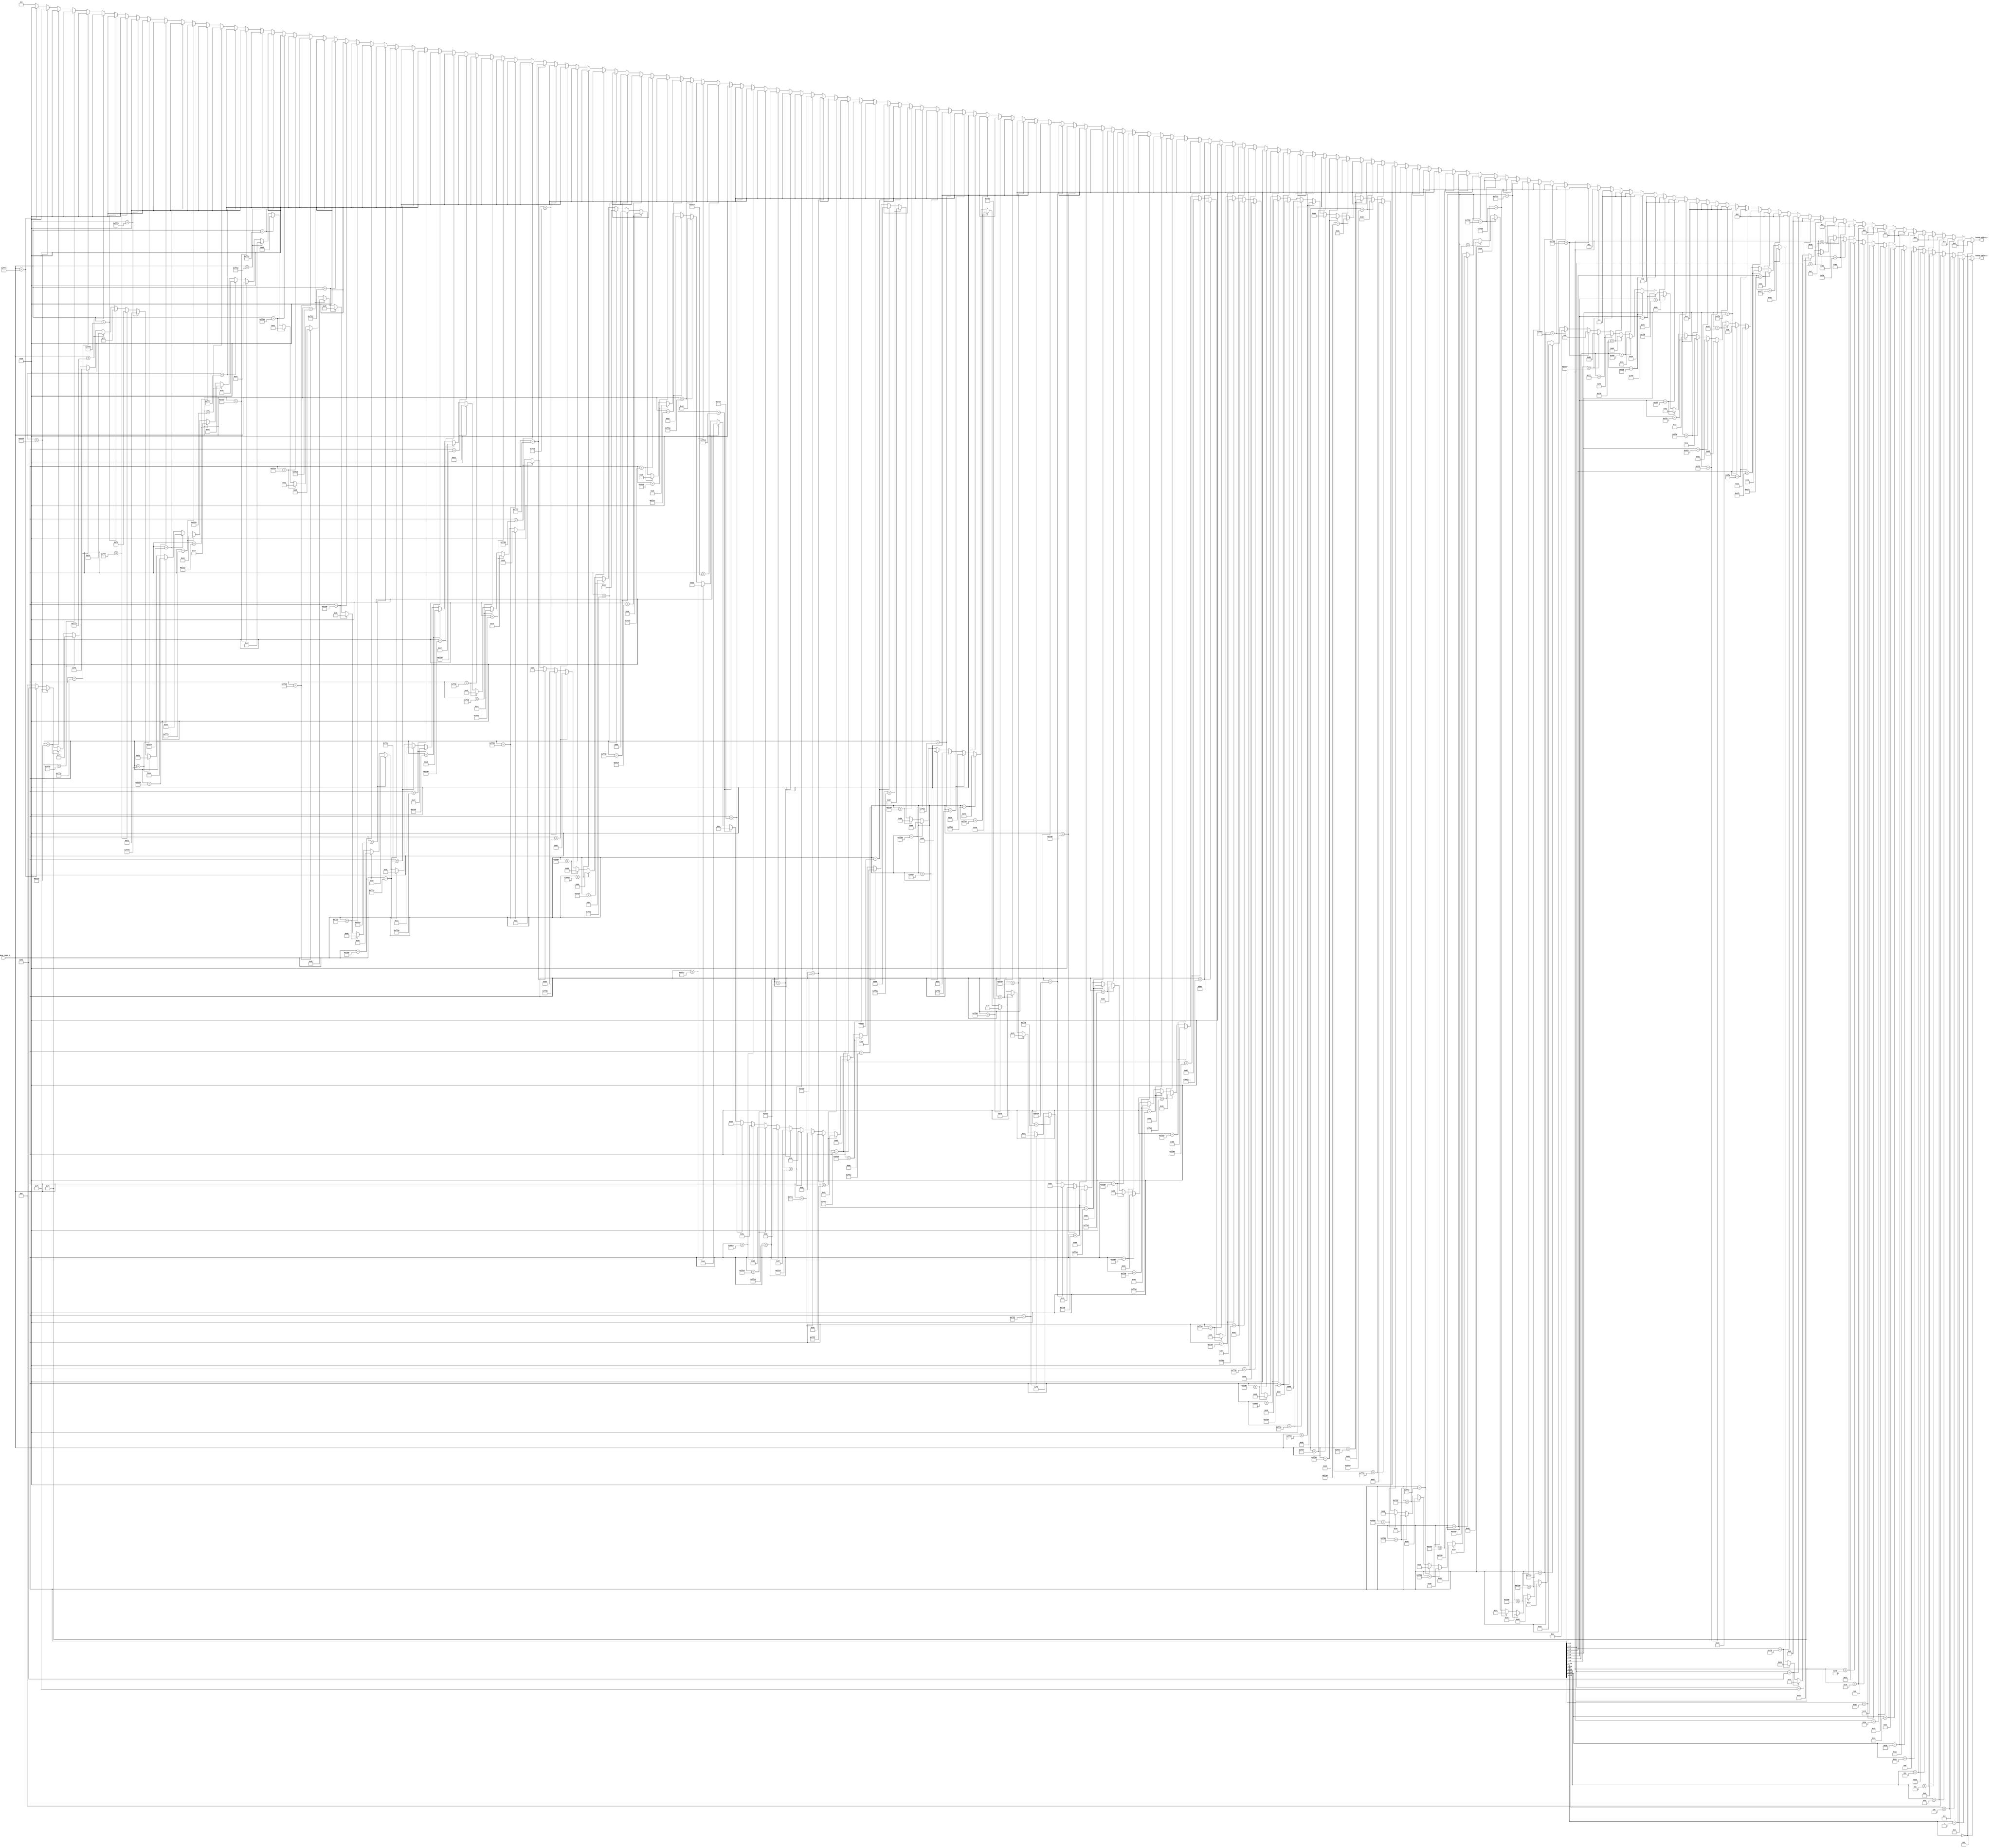
//-----------------------------------------------------------------
//                      Baseline JPEG Decoder
//                             V0.1
//                       Ultra-Embedded.com
//                        Copyright 2020
//
//                   admin@ultra-embedded.com
//-----------------------------------------------------------------
//                      License: Apache 2.0
// This IP can be freely used in commercial projects, however you may
// want access to unreleased materials such as verification environments,
// or test vectors, as well as changes to the IP for integration purposes.
// If this is the case, contact the above address.
// I am interested to hear how and where this IP is used, so please get
// in touch!
//-----------------------------------------------------------------
// Copyright 2020 Ultra-Embedded.com
// 
// Licensed under the Apache License, Version 2.0 (the "License");
// you may not use this file except in compliance with the License.
// You may obtain a copy of the License at
// 
//     http://www.apache.org/licenses/LICENSE-2.0
// 
// Unless required by applicable law or agreed to in writing, software
// distributed under the License is distributed on an "AS IS" BASIS,
// WITHOUT WARRANTIES OR CONDITIONS OF ANY KIND, either express or implied.
// See the License for the specific language governing permissions and
// limitations under the License.
//-----------------------------------------------------------------
module jpeg_dht_std_y_ac
(
     input  [ 15:0]  lookup_input_i
    ,output [  4:0]  lookup_width_o
    ,output [  7:0]  lookup_value_o
);

//-----------------------------------------------------------------
// Y AC Table (standard)
//-----------------------------------------------------------------
reg [7:0] y_ac_value_r;
reg [4:0] y_ac_width_r;

always @ *
begin
    y_ac_value_r = 8'b0;
    y_ac_width_r = 5'b0;

    if (lookup_input_i[15:14] == 2'h0)
    begin
         y_ac_value_r = 8'h01;
         y_ac_width_r = 5'd2;
    end
    else if (lookup_input_i[15:14] == 2'h1)
    begin
         y_ac_value_r = 8'h02;
         y_ac_width_r = 5'd2;
    end
    else if (lookup_input_i[15:13] == 3'h4)
    begin
         y_ac_value_r = 8'h03;
         y_ac_width_r = 5'd3;
    end
    else if (lookup_input_i[15:12] == 4'ha)
    begin
         y_ac_value_r = 8'h00;
         y_ac_width_r = 5'd4;
    end
    else if (lookup_input_i[15:12] == 4'hb)
    begin
         y_ac_value_r = 8'h04;
         y_ac_width_r = 5'd4;
    end
    else if (lookup_input_i[15:12] == 4'hc)
    begin
         y_ac_value_r = 8'h11;
         y_ac_width_r = 5'd4;
    end
    else if (lookup_input_i[15:11] == 5'h1a)
    begin
         y_ac_value_r = 8'h05;
         y_ac_width_r = 5'd5;
    end
    else if (lookup_input_i[15:11] == 5'h1b)
    begin
         y_ac_value_r = 8'h12;
         y_ac_width_r = 5'd5;
    end
    else if (lookup_input_i[15:11] == 5'h1c)
    begin
         y_ac_value_r = 8'h21;
         y_ac_width_r = 5'd5;
    end
    else if (lookup_input_i[15:10] == 6'h3a)
    begin
         y_ac_value_r = 8'h31;
         y_ac_width_r = 5'd6;
    end
    else if (lookup_input_i[15:10] == 6'h3b)
    begin
         y_ac_value_r = 8'h41;
         y_ac_width_r = 5'd6;
    end
    else if (lookup_input_i[15:9] == 7'h78)
    begin
         y_ac_value_r = 8'h06;
         y_ac_width_r = 5'd7;
    end
    else if (lookup_input_i[15:9] == 7'h79)
    begin
         y_ac_value_r = 8'h13;
         y_ac_width_r = 5'd7;
    end
    else if (lookup_input_i[15:9] == 7'h7a)
    begin
         y_ac_value_r = 8'h51;
         y_ac_width_r = 5'd7;
    end
    else if (lookup_input_i[15:9] == 7'h7b)
    begin
         y_ac_value_r = 8'h61;
         y_ac_width_r = 5'd7;
    end
    else if (lookup_input_i[15:8] == 8'hf8)
    begin
         y_ac_value_r = 8'h07;
         y_ac_width_r = 5'd8;
    end
    else if (lookup_input_i[15:8] == 8'hf9)
    begin
         y_ac_value_r = 8'h22;
         y_ac_width_r = 5'd8;
    end
    else if (lookup_input_i[15:8] == 8'hfa)
    begin
         y_ac_value_r = 8'h71;
         y_ac_width_r = 5'd8;
    end
    else if (lookup_input_i[15:7] == 9'h1f6)
    begin
         y_ac_value_r = 8'h14;
         y_ac_width_r = 5'd9;
    end
    else if (lookup_input_i[15:7] == 9'h1f7)
    begin
         y_ac_value_r = 8'h32;
         y_ac_width_r = 5'd9;
    end
    else if (lookup_input_i[15:7] == 9'h1f8)
    begin
         y_ac_value_r = 8'h81;
         y_ac_width_r = 5'd9;
    end
    else if (lookup_input_i[15:7] == 9'h1f9)
    begin
         y_ac_value_r = 8'h91;
         y_ac_width_r = 5'd9;
    end
    else if (lookup_input_i[15:7] == 9'h1fa)
    begin
         y_ac_value_r = 8'ha1;
         y_ac_width_r = 5'd9;
    end
    else if (lookup_input_i[15:6] == 10'h3f6)
    begin
         y_ac_value_r = 8'h08;
         y_ac_width_r = 5'd10;
    end
    else if (lookup_input_i[15:6] == 10'h3f7)
    begin
         y_ac_value_r = 8'h23;
         y_ac_width_r = 5'd10;
    end
    else if (lookup_input_i[15:6] == 10'h3f8)
    begin
         y_ac_value_r = 8'h42;
         y_ac_width_r = 5'd10;
    end
    else if (lookup_input_i[15:6] == 10'h3f9)
    begin
         y_ac_value_r = 8'hb1;
         y_ac_width_r = 5'd10;
    end
    else if (lookup_input_i[15:6] == 10'h3fa)
    begin
         y_ac_value_r = 8'hc1;
         y_ac_width_r = 5'd10;
    end
    else if (lookup_input_i[15:5] == 11'h7f6)
    begin
         y_ac_value_r = 8'h15;
         y_ac_width_r = 5'd11;
    end
    else if (lookup_input_i[15:5] == 11'h7f7)
    begin
         y_ac_value_r = 8'h52;
         y_ac_width_r = 5'd11;
    end
    else if (lookup_input_i[15:5] == 11'h7f8)
    begin
         y_ac_value_r = 8'hd1;
         y_ac_width_r = 5'd11;
    end
    else if (lookup_input_i[15:5] == 11'h7f9)
    begin
         y_ac_value_r = 8'hf0;
         y_ac_width_r = 5'd11;
    end
    else if (lookup_input_i[15:4] == 12'hff4)
    begin
         y_ac_value_r = 8'h24;
         y_ac_width_r = 5'd12;
    end
    else if (lookup_input_i[15:4] == 12'hff5)
    begin
         y_ac_value_r = 8'h33;
         y_ac_width_r = 5'd12;
    end
    else if (lookup_input_i[15:4] == 12'hff6)
    begin
         y_ac_value_r = 8'h62;
         y_ac_width_r = 5'd12;
    end
    else if (lookup_input_i[15:4] == 12'hff7)
    begin
         y_ac_value_r = 8'h72;
         y_ac_width_r = 5'd12;
    end
    else if (lookup_input_i[15:1] == 15'h7fc0)
    begin
         y_ac_value_r = 8'h82;
         y_ac_width_r = 5'd15;
    end
    else if (lookup_input_i[15:0] == 16'hff82)
    begin
         y_ac_value_r = 8'h09;
         y_ac_width_r = 5'd16;
    end
    else if (lookup_input_i[15:0] == 16'hff83)
    begin
         y_ac_value_r = 8'h0a;
         y_ac_width_r = 5'd16;
    end
    else if (lookup_input_i[15:0] == 16'hff84)
    begin
         y_ac_value_r = 8'h16;
         y_ac_width_r = 5'd16;
    end
    else if (lookup_input_i[15:0] == 16'hff85)
    begin
         y_ac_value_r = 8'h17;
         y_ac_width_r = 5'd16;
    end
    else if (lookup_input_i[15:0] == 16'hff86)
    begin
         y_ac_value_r = 8'h18;
         y_ac_width_r = 5'd16;
    end
    else if (lookup_input_i[15:0] == 16'hff87)
    begin
         y_ac_value_r = 8'h19;
         y_ac_width_r = 5'd16;
    end
    else if (lookup_input_i[15:0] == 16'hff88)
    begin
         y_ac_value_r = 8'h1a;
         y_ac_width_r = 5'd16;
    end
    else if (lookup_input_i[15:0] == 16'hff89)
    begin
         y_ac_value_r = 8'h25;
         y_ac_width_r = 5'd16;
    end
    else if (lookup_input_i[15:0] == 16'hff8a)
    begin
         y_ac_value_r = 8'h26;
         y_ac_width_r = 5'd16;
    end
    else if (lookup_input_i[15:0] == 16'hff8b)
    begin
         y_ac_value_r = 8'h27;
         y_ac_width_r = 5'd16;
    end
    else if (lookup_input_i[15:0] == 16'hff8c)
    begin
         y_ac_value_r = 8'h28;
         y_ac_width_r = 5'd16;
    end
    else if (lookup_input_i[15:0] == 16'hff8d)
    begin
         y_ac_value_r = 8'h29;
         y_ac_width_r = 5'd16;
    end
    else if (lookup_input_i[15:0] == 16'hff8e)
    begin
         y_ac_value_r = 8'h2a;
         y_ac_width_r = 5'd16;
    end
    else if (lookup_input_i[15:0] == 16'hff8f)
    begin
         y_ac_value_r = 8'h34;
         y_ac_width_r = 5'd16;
    end
    else if (lookup_input_i[15:0] == 16'hff90)
    begin
         y_ac_value_r = 8'h35;
         y_ac_width_r = 5'd16;
    end
    else if (lookup_input_i[15:0] == 16'hff91)
    begin
         y_ac_value_r = 8'h36;
         y_ac_width_r = 5'd16;
    end
    else if (lookup_input_i[15:0] == 16'hff92)
    begin
         y_ac_value_r = 8'h37;
         y_ac_width_r = 5'd16;
    end
    else if (lookup_input_i[15:0] == 16'hff93)
    begin
         y_ac_value_r = 8'h38;
         y_ac_width_r = 5'd16;
    end
    else if (lookup_input_i[15:0] == 16'hff94)
    begin
         y_ac_value_r = 8'h39;
         y_ac_width_r = 5'd16;
    end
    else if (lookup_input_i[15:0] == 16'hff95)
    begin
         y_ac_value_r = 8'h3a;
         y_ac_width_r = 5'd16;
    end
    else if (lookup_input_i[15:0] == 16'hff96)
    begin
         y_ac_value_r = 8'h43;
         y_ac_width_r = 5'd16;
    end
    else if (lookup_input_i[15:0] == 16'hff97)
    begin
         y_ac_value_r = 8'h44;
         y_ac_width_r = 5'd16;
    end
    else if (lookup_input_i[15:0] == 16'hff98)
    begin
         y_ac_value_r = 8'h45;
         y_ac_width_r = 5'd16;
    end
    else if (lookup_input_i[15:0] == 16'hff99)
    begin
         y_ac_value_r = 8'h46;
         y_ac_width_r = 5'd16;
    end
    else if (lookup_input_i[15:0] == 16'hff9a)
    begin
         y_ac_value_r = 8'h47;
         y_ac_width_r = 5'd16;
    end
    else if (lookup_input_i[15:0] == 16'hff9b)
    begin
         y_ac_value_r = 8'h48;
         y_ac_width_r = 5'd16;
    end
    else if (lookup_input_i[15:0] == 16'hff9c)
    begin
         y_ac_value_r = 8'h49;
         y_ac_width_r = 5'd16;
    end
    else if (lookup_input_i[15:0] == 16'hff9d)
    begin
         y_ac_value_r = 8'h4a;
         y_ac_width_r = 5'd16;
    end
    else if (lookup_input_i[15:0] == 16'hff9e)
    begin
         y_ac_value_r = 8'h53;
         y_ac_width_r = 5'd16;
    end
    else if (lookup_input_i[15:0] == 16'hff9f)
    begin
         y_ac_value_r = 8'h54;
         y_ac_width_r = 5'd16;
    end
    else if (lookup_input_i[15:0] == 16'hffa0)
    begin
         y_ac_value_r = 8'h55;
         y_ac_width_r = 5'd16;
    end
    else if (lookup_input_i[15:0] == 16'hffa1)
    begin
         y_ac_value_r = 8'h56;
         y_ac_width_r = 5'd16;
    end
    else if (lookup_input_i[15:0] == 16'hffa2)
    begin
         y_ac_value_r = 8'h57;
         y_ac_width_r = 5'd16;
    end
    else if (lookup_input_i[15:0] == 16'hffa3)
    begin
         y_ac_value_r = 8'h58;
         y_ac_width_r = 5'd16;
    end
    else if (lookup_input_i[15:0] == 16'hffa4)
    begin
         y_ac_value_r = 8'h59;
         y_ac_width_r = 5'd16;
    end
    else if (lookup_input_i[15:0] == 16'hffa5)
    begin
         y_ac_value_r = 8'h5a;
         y_ac_width_r = 5'd16;
    end
    else if (lookup_input_i[15:0] == 16'hffa6)
    begin
         y_ac_value_r = 8'h63;
         y_ac_width_r = 5'd16;
    end
    else if (lookup_input_i[15:0] == 16'hffa7)
    begin
         y_ac_value_r = 8'h64;
         y_ac_width_r = 5'd16;
    end
    else if (lookup_input_i[15:0] == 16'hffa8)
    begin
         y_ac_value_r = 8'h65;
         y_ac_width_r = 5'd16;
    end
    else if (lookup_input_i[15:0] == 16'hffa9)
    begin
         y_ac_value_r = 8'h66;
         y_ac_width_r = 5'd16;
    end
    else if (lookup_input_i[15:0] == 16'hffaa)
    begin
         y_ac_value_r = 8'h67;
         y_ac_width_r = 5'd16;
    end
    else if (lookup_input_i[15:0] == 16'hffab)
    begin
         y_ac_value_r = 8'h68;
         y_ac_width_r = 5'd16;
    end
    else if (lookup_input_i[15:0] == 16'hffac)
    begin
         y_ac_value_r = 8'h69;
         y_ac_width_r = 5'd16;
    end
    else if (lookup_input_i[15:0] == 16'hffad)
    begin
         y_ac_value_r = 8'h6a;
         y_ac_width_r = 5'd16;
    end
    else if (lookup_input_i[15:0] == 16'hffae)
    begin
         y_ac_value_r = 8'h73;
         y_ac_width_r = 5'd16;
    end
    else if (lookup_input_i[15:0] == 16'hffaf)
    begin
         y_ac_value_r = 8'h74;
         y_ac_width_r = 5'd16;
    end
    else if (lookup_input_i[15:0] == 16'hffb0)
    begin
         y_ac_value_r = 8'h75;
         y_ac_width_r = 5'd16;
    end
    else if (lookup_input_i[15:0] == 16'hffb1)
    begin
         y_ac_value_r = 8'h76;
         y_ac_width_r = 5'd16;
    end
    else if (lookup_input_i[15:0] == 16'hffb2)
    begin
         y_ac_value_r = 8'h77;
         y_ac_width_r = 5'd16;
    end
    else if (lookup_input_i[15:0] == 16'hffb3)
    begin
         y_ac_value_r = 8'h78;
         y_ac_width_r = 5'd16;
    end
    else if (lookup_input_i[15:0] == 16'hffb4)
    begin
         y_ac_value_r = 8'h79;
         y_ac_width_r = 5'd16;
    end
    else if (lookup_input_i[15:0] == 16'hffb5)
    begin
         y_ac_value_r = 8'h7a;
         y_ac_width_r = 5'd16;
    end
    else if (lookup_input_i[15:0] == 16'hffb6)
    begin
         y_ac_value_r = 8'h83;
         y_ac_width_r = 5'd16;
    end
    else if (lookup_input_i[15:0] == 16'hffb7)
    begin
         y_ac_value_r = 8'h84;
         y_ac_width_r = 5'd16;
    end
    else if (lookup_input_i[15:0] == 16'hffb8)
    begin
         y_ac_value_r = 8'h85;
         y_ac_width_r = 5'd16;
    end
    else if (lookup_input_i[15:0] == 16'hffb9)
    begin
         y_ac_value_r = 8'h86;
         y_ac_width_r = 5'd16;
    end
    else if (lookup_input_i[15:0] == 16'hffba)
    begin
         y_ac_value_r = 8'h87;
         y_ac_width_r = 5'd16;
    end
    else if (lookup_input_i[15:0] == 16'hffbb)
    begin
         y_ac_value_r = 8'h88;
         y_ac_width_r = 5'd16;
    end
    else if (lookup_input_i[15:0] == 16'hffbc)
    begin
         y_ac_value_r = 8'h89;
         y_ac_width_r = 5'd16;
    end
    else if (lookup_input_i[15:0] == 16'hffbd)
    begin
         y_ac_value_r = 8'h8a;
         y_ac_width_r = 5'd16;
    end
    else if (lookup_input_i[15:0] == 16'hffbe)
    begin
         y_ac_value_r = 8'h92;
         y_ac_width_r = 5'd16;
    end
    else if (lookup_input_i[15:0] == 16'hffbf)
    begin
         y_ac_value_r = 8'h93;
         y_ac_width_r = 5'd16;
    end
    else if (lookup_input_i[15:0] == 16'hffc0)
    begin
         y_ac_value_r = 8'h94;
         y_ac_width_r = 5'd16;
    end
    else if (lookup_input_i[15:0] == 16'hffc1)
    begin
         y_ac_value_r = 8'h95;
         y_ac_width_r = 5'd16;
    end
    else if (lookup_input_i[15:0] == 16'hffc2)
    begin
         y_ac_value_r = 8'h96;
         y_ac_width_r = 5'd16;
    end
    else if (lookup_input_i[15:0] == 16'hffc3)
    begin
         y_ac_value_r = 8'h97;
         y_ac_width_r = 5'd16;
    end
    else if (lookup_input_i[15:0] == 16'hffc4)
    begin
         y_ac_value_r = 8'h98;
         y_ac_width_r = 5'd16;
    end
    else if (lookup_input_i[15:0] == 16'hffc5)
    begin
         y_ac_value_r = 8'h99;
         y_ac_width_r = 5'd16;
    end
    else if (lookup_input_i[15:0] == 16'hffc6)
    begin
         y_ac_value_r = 8'h9a;
         y_ac_width_r = 5'd16;
    end
    else if (lookup_input_i[15:0] == 16'hffc7)
    begin
         y_ac_value_r = 8'ha2;
         y_ac_width_r = 5'd16;
    end
    else if (lookup_input_i[15:0] == 16'hffc8)
    begin
         y_ac_value_r = 8'ha3;
         y_ac_width_r = 5'd16;
    end
    else if (lookup_input_i[15:0] == 16'hffc9)
    begin
         y_ac_value_r = 8'ha4;
         y_ac_width_r = 5'd16;
    end
    else if (lookup_input_i[15:0] == 16'hffca)
    begin
         y_ac_value_r = 8'ha5;
         y_ac_width_r = 5'd16;
    end
    else if (lookup_input_i[15:0] == 16'hffcb)
    begin
         y_ac_value_r = 8'ha6;
         y_ac_width_r = 5'd16;
    end
    else if (lookup_input_i[15:0] == 16'hffcc)
    begin
         y_ac_value_r = 8'ha7;
         y_ac_width_r = 5'd16;
    end
    else if (lookup_input_i[15:0] == 16'hffcd)
    begin
         y_ac_value_r = 8'ha8;
         y_ac_width_r = 5'd16;
    end
    else if (lookup_input_i[15:0] == 16'hffce)
    begin
         y_ac_value_r = 8'ha9;
         y_ac_width_r = 5'd16;
    end
    else if (lookup_input_i[15:0] == 16'hffcf)
    begin
         y_ac_value_r = 8'haa;
         y_ac_width_r = 5'd16;
    end
    else if (lookup_input_i[15:0] == 16'hffd0)
    begin
         y_ac_value_r = 8'hb2;
         y_ac_width_r = 5'd16;
    end
    else if (lookup_input_i[15:0] == 16'hffd1)
    begin
         y_ac_value_r = 8'hb3;
         y_ac_width_r = 5'd16;
    end
    else if (lookup_input_i[15:0] == 16'hffd2)
    begin
         y_ac_value_r = 8'hb4;
         y_ac_width_r = 5'd16;
    end
    else if (lookup_input_i[15:0] == 16'hffd3)
    begin
         y_ac_value_r = 8'hb5;
         y_ac_width_r = 5'd16;
    end
    else if (lookup_input_i[15:0] == 16'hffd4)
    begin
         y_ac_value_r = 8'hb6;
         y_ac_width_r = 5'd16;
    end
    else if (lookup_input_i[15:0] == 16'hffd5)
    begin
         y_ac_value_r = 8'hb7;
         y_ac_width_r = 5'd16;
    end
    else if (lookup_input_i[15:0] == 16'hffd6)
    begin
         y_ac_value_r = 8'hb8;
         y_ac_width_r = 5'd16;
    end
    else if (lookup_input_i[15:0] == 16'hffd7)
    begin
         y_ac_value_r = 8'hb9;
         y_ac_width_r = 5'd16;
    end
    else if (lookup_input_i[15:0] == 16'hffd8)
    begin
         y_ac_value_r = 8'hba;
         y_ac_width_r = 5'd16;
    end
    else if (lookup_input_i[15:0] == 16'hffd9)
    begin
         y_ac_value_r = 8'hc2;
         y_ac_width_r = 5'd16;
    end
    else if (lookup_input_i[15:0] == 16'hffda)
    begin
         y_ac_value_r = 8'hc3;
         y_ac_width_r = 5'd16;
    end
    else if (lookup_input_i[15:0] == 16'hffdb)
    begin
         y_ac_value_r = 8'hc4;
         y_ac_width_r = 5'd16;
    end
    else if (lookup_input_i[15:0] == 16'hffdc)
    begin
         y_ac_value_r = 8'hc5;
         y_ac_width_r = 5'd16;
    end
    else if (lookup_input_i[15:0] == 16'hffdd)
    begin
         y_ac_value_r = 8'hc6;
         y_ac_width_r = 5'd16;
    end
    else if (lookup_input_i[15:0] == 16'hffde)
    begin
         y_ac_value_r = 8'hc7;
         y_ac_width_r = 5'd16;
    end
    else if (lookup_input_i[15:0] == 16'hffdf)
    begin
         y_ac_value_r = 8'hc8;
         y_ac_width_r = 5'd16;
    end
    else if (lookup_input_i[15:0] == 16'hffe0)
    begin
         y_ac_value_r = 8'hc9;
         y_ac_width_r = 5'd16;
    end
    else if (lookup_input_i[15:0] == 16'hffe1)
    begin
         y_ac_value_r = 8'hca;
         y_ac_width_r = 5'd16;
    end
    else if (lookup_input_i[15:0] == 16'hffe2)
    begin
         y_ac_value_r = 8'hd2;
         y_ac_width_r = 5'd16;
    end
    else if (lookup_input_i[15:0] == 16'hffe3)
    begin
         y_ac_value_r = 8'hd3;
         y_ac_width_r = 5'd16;
    end
    else if (lookup_input_i[15:0] == 16'hffe4)
    begin
         y_ac_value_r = 8'hd4;
         y_ac_width_r = 5'd16;
    end
    else if (lookup_input_i[15:0] == 16'hffe5)
    begin
         y_ac_value_r = 8'hd5;
         y_ac_width_r = 5'd16;
    end
    else if (lookup_input_i[15:0] == 16'hffe6)
    begin
         y_ac_value_r = 8'hd6;
         y_ac_width_r = 5'd16;
    end
    else if (lookup_input_i[15:0] == 16'hffe7)
    begin
         y_ac_value_r = 8'hd7;
         y_ac_width_r = 5'd16;
    end
    else if (lookup_input_i[15:0] == 16'hffe8)
    begin
         y_ac_value_r = 8'hd8;
         y_ac_width_r = 5'd16;
    end
    else if (lookup_input_i[15:0] == 16'hffe9)
    begin
         y_ac_value_r = 8'hd9;
         y_ac_width_r = 5'd16;
    end
    else if (lookup_input_i[15:0] == 16'hffea)
    begin
         y_ac_value_r = 8'hda;
         y_ac_width_r = 5'd16;
    end
    else if (lookup_input_i[15:0] == 16'hffeb)
    begin
         y_ac_value_r = 8'he1;
         y_ac_width_r = 5'd16;
    end
    else if (lookup_input_i[15:0] == 16'hffec)
    begin
         y_ac_value_r = 8'he2;
         y_ac_width_r = 5'd16;
    end
    else if (lookup_input_i[15:0] == 16'hffed)
    begin
         y_ac_value_r = 8'he3;
         y_ac_width_r = 5'd16;
    end
    else if (lookup_input_i[15:0] == 16'hffee)
    begin
         y_ac_value_r = 8'he4;
         y_ac_width_r = 5'd16;
    end
    else if (lookup_input_i[15:0] == 16'hffef)
    begin
         y_ac_value_r = 8'he5;
         y_ac_width_r = 5'd16;
    end
    else if (lookup_input_i[15:0] == 16'hfff0)
    begin
         y_ac_value_r = 8'he6;
         y_ac_width_r = 5'd16;
    end
    else if (lookup_input_i[15:0] == 16'hfff1)
    begin
         y_ac_value_r = 8'he7;
         y_ac_width_r = 5'd16;
    end
    else if (lookup_input_i[15:0] == 16'hfff2)
    begin
         y_ac_value_r = 8'he8;
         y_ac_width_r = 5'd16;
    end
    else if (lookup_input_i[15:0] == 16'hfff3)
    begin
         y_ac_value_r = 8'he9;
         y_ac_width_r = 5'd16;
    end
    else if (lookup_input_i[15:0] == 16'hfff4)
    begin
         y_ac_value_r = 8'hea;
         y_ac_width_r = 5'd16;
    end
    else if (lookup_input_i[15:0] == 16'hfff5)
    begin
         y_ac_value_r = 8'hf1;
         y_ac_width_r = 5'd16;
    end
    else if (lookup_input_i[15:0] == 16'hfff6)
    begin
         y_ac_value_r = 8'hf2;
         y_ac_width_r = 5'd16;
    end
    else if (lookup_input_i[15:0] == 16'hfff7)
    begin
         y_ac_value_r = 8'hf3;
         y_ac_width_r = 5'd16;
    end
    else if (lookup_input_i[15:0] == 16'hfff8)
    begin
         y_ac_value_r = 8'hf4;
         y_ac_width_r = 5'd16;
    end
    else if (lookup_input_i[15:0] == 16'hfff9)
    begin
         y_ac_value_r = 8'hf5;
         y_ac_width_r = 5'd16;
    end
    else if (lookup_input_i[15:0] == 16'hfffa)
    begin
         y_ac_value_r = 8'hf6;
         y_ac_width_r = 5'd16;
    end
    else if (lookup_input_i[15:0] == 16'hfffb)
    begin
         y_ac_value_r = 8'hf7;
         y_ac_width_r = 5'd16;
    end
    else if (lookup_input_i[15:0] == 16'hfffc)
    begin
         y_ac_value_r = 8'hf8;
         y_ac_width_r = 5'd16;
    end
    else if (lookup_input_i[15:0] == 16'hfffd)
    begin
         y_ac_value_r = 8'hf9;
         y_ac_width_r = 5'd16;
    end
    else if (lookup_input_i[15:0] == 16'hfffe)
    begin
         y_ac_value_r = 8'hfa;
         y_ac_width_r = 5'd16;
    end
end

assign lookup_width_o = y_ac_width_r;
assign lookup_value_o = y_ac_value_r;

endmodule